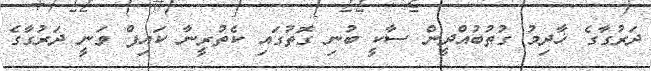
ދަރުގާގެ ޚާދިމު ގުތުބުއްދީން ސާކީ ބުނި ގޮތުގައި ކެތުރީނާ ކައިފް ވަނީ ދަރުގާގެ